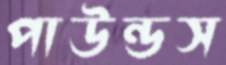
পাউন্ডস